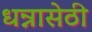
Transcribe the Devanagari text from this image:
धन्नासेठी